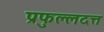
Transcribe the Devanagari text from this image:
प्रफुल्लदत्त